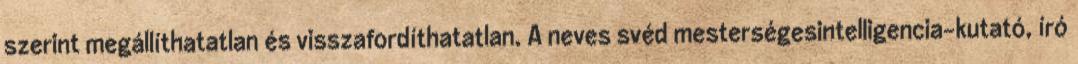
szerint megállíthatatlan és visszafordíthatatlan. A neves svéd mesterségesintelligencia-kutató, író